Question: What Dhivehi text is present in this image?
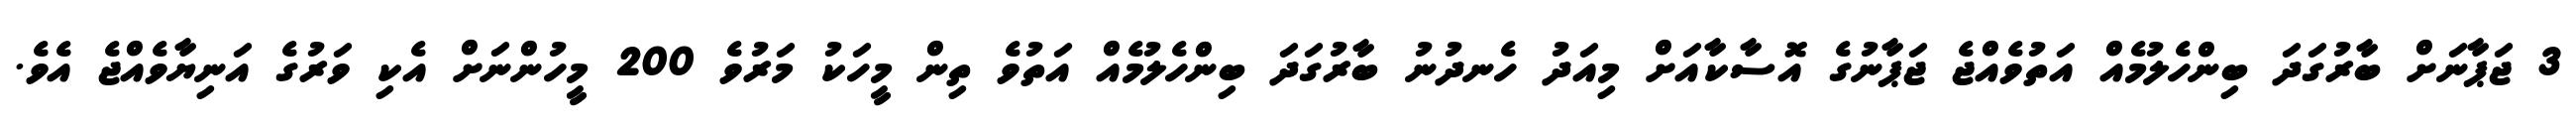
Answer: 3 ޖަޕާނަށް ބާރުގަދަ ބިންހެލުމެއް އަތުވެއްޖެ ޖަޕާނުގެ އޮސާކާއަށް މިއަދު ހެނދުނު ބާރުގަދަ ބިންހެލުމެއް އަތުވެ ތިން މީހަކު މަރުވެ 200 މީހުންނަށް އެކި ވަރުގެ އަނިޔާވެއްޖެ އެވެ.